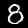
Label: 8